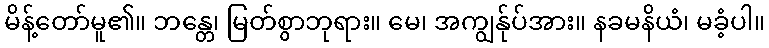
မိန့်တော်မူ၏။ ဘန္တေ၊ မြတ်စွာဘုရား။ မေ၊ အကျွန်ုပ်အား။ နခမနိယံ၊ မခံ့ပါ။